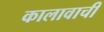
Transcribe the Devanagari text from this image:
कालावाची